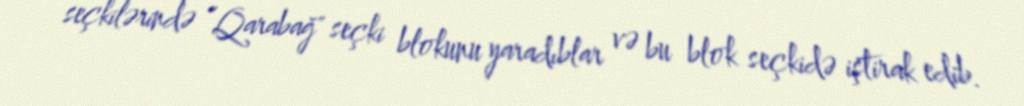
seçkilərində ”Qarabağ" seçki blokunu yaradıblar və bu blok seçkidə iştirak edib.